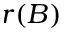
r ( B )